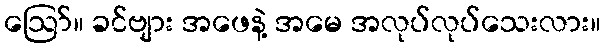
ဪ။ ခင်ဗျား အဖေနဲ့ အမေ အလုပ်လုပ်သေးလား။